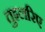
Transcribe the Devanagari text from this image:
तुइलरिए